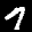
Label: 7